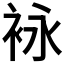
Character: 𰳶